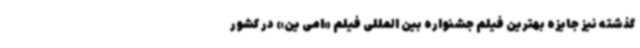
گذشته نیز جایزه بهترین فیلم جشنواره بین المللی فیلم «امی ین» در کشور